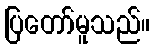
ပြတော်မူသည်။